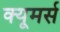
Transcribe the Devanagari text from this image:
क्यूमर्स